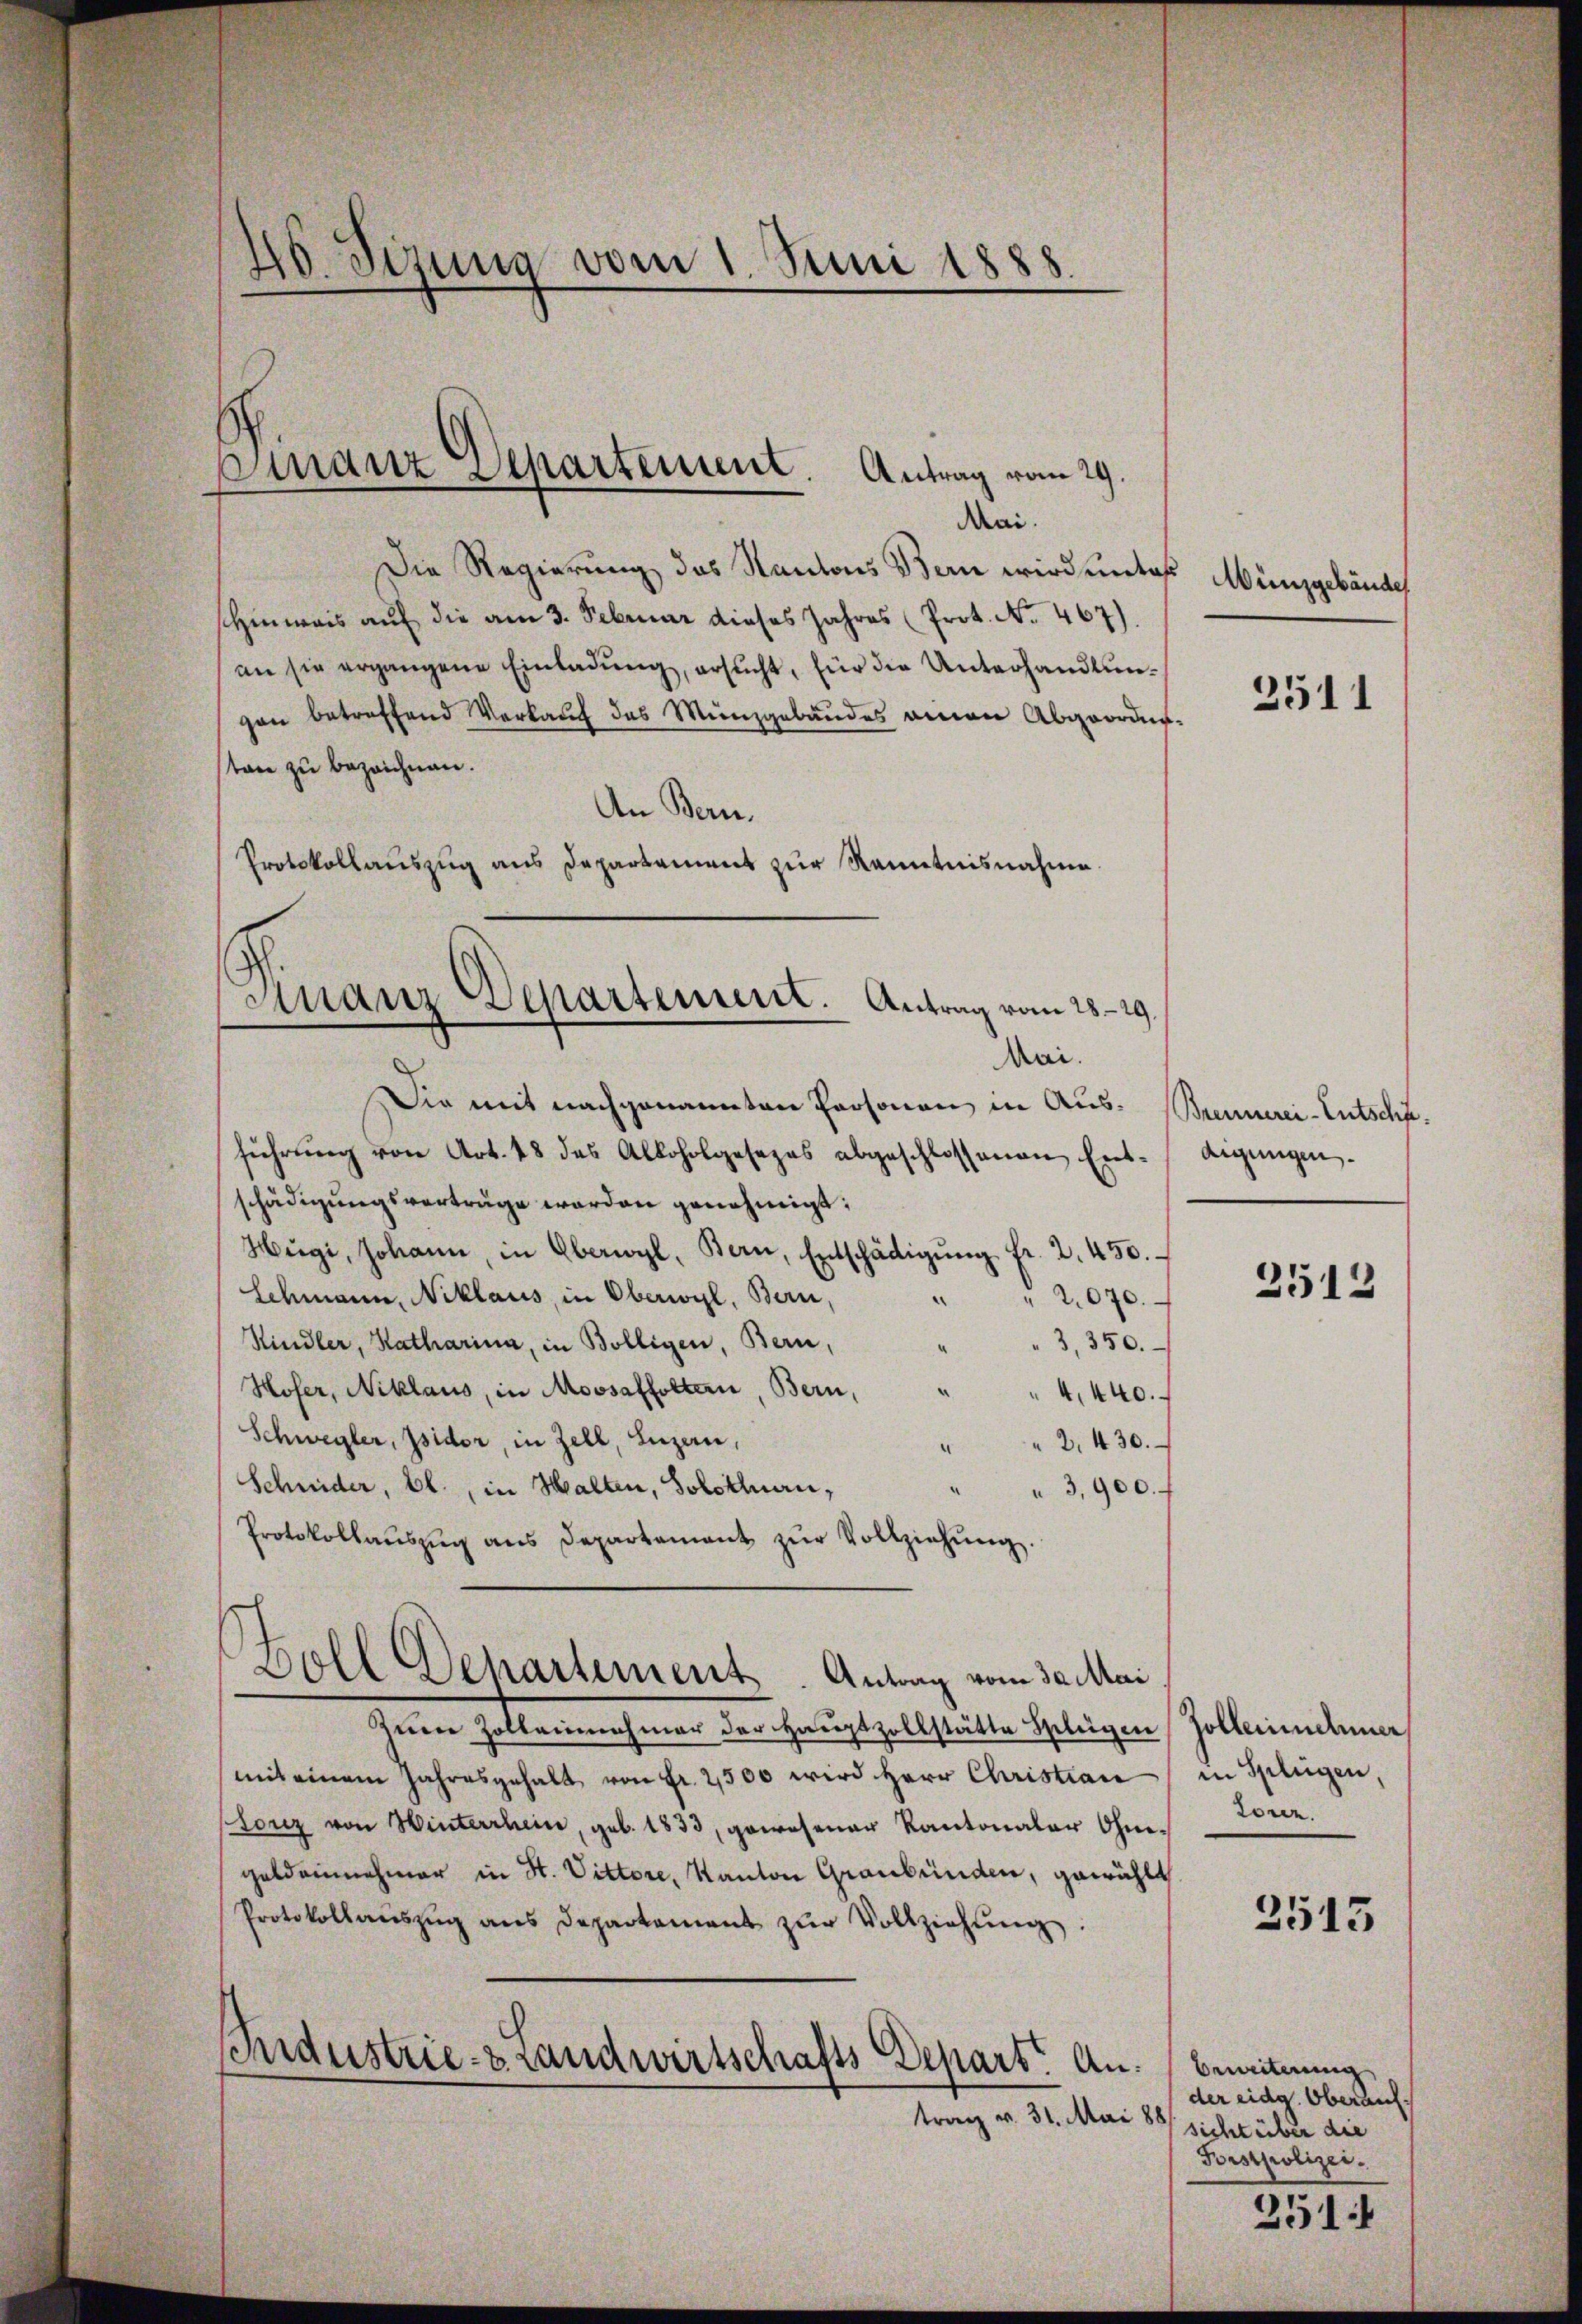
Mei.
Die Regierung des Kantons Bern wird unte
shinweis auf die am 3. Februar dieses Jahres (Prot. No. 467).
an sie ergangene Einladung, ersucht, für die Unterhandlungan betreffend Verkaŭf des Münzgebäudes amen Abgeorder
sten zu bezeichnen.
An Bern.
Protokollauszug aus Departament zur Kenntnisnahme.
Sie mit nachgenannten Personen in Ausführŭng von Art. 48 des Alloholgesezes abgeschlossenen Ent-
schädigungsvorträge worden genehmigt;
Mügi, Johann, in Oberwyl, Bern, Entschädigŭng fr. 2. 450.
Schmann, Niklaus, in Oberwyl, Bern,
2070.
"3,350.
Kindler, Katharina, in Bölligen, Bern,
Hofer, Niklaus, in Moosaffoltern Bern,
4,440.
Schwegler, Isidor, in Zell, Luzern,
" " 2, 430.
Schnider, bl., in Halten, Solothuen,
3,900.
Protokollaŭszŭg ans Departement zŭr Vollziehung.
Doll Dehartement. Antrag vom 30. Mai
Zum Zolleinnahmer der Hauptzollstätte Speleigen
mit einem Jahresgehalt von Fr. 2500 wird Herr Christian
Loriz von Winterrhein, geb. 1833, gewesener Kantonaler Ohmi-
geldeinnehmer in St. Vittore, Kanton Graubünden, gewählt
Protokollaŭszŭg ans Departement zŭr Vollziehŭng.
Industrie- & Landwirtschafts Depart. Antrag v. 31. Mai 188

46. Sina vom 1. Juni 1888.

Suranz Separtement. Antrag vom 29.

Finanz Departement. Antrag vom 25. 29.
Mai.

E Münzgebäudes

3511

Brennerei-Entschäaigungen.

2512

sollerinnehmer
in Splügen,
Loren.

2513

Brweiterung
der eidg. Oberauf
sicht über die
Porstpolizei.

251.